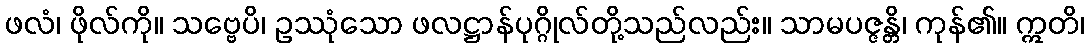
ဖလံ၊ ဖိုလ်ကို။ သဗ္ဗေပိ၊ ဥဿုံသော ဖလဋ္ဌာန်ပုဂ္ဂိုလ်တို့သည်လည်း။ သာမပဇ္ဇန္တိ၊ ကုန်၏။ ဣတိ၊